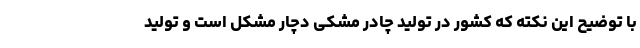
با توضیح این نکته که کشور در تولید چادر مشکی دچار مشکل است و تولید